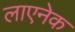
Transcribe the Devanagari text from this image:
लाएनेक